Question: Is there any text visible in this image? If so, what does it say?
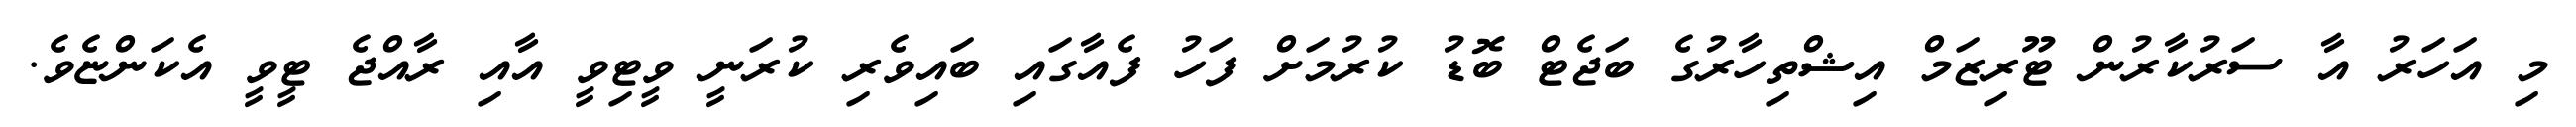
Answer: މި އަހަރު އާ ސަރުކާރުން ޓޫރިޒަމް އިޝްތިހާރުގެ ބަޖެޓް ބޮޑު ކުރުމަށް ފަހު ފެއާގައި ބައިވެރި ކުރަނީ ވީޓިވީ އާއި ރާއްޖެ ޓީވީ އެކަންޏެވެ.